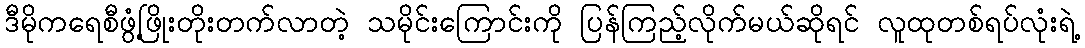
ဒီမိုကရေစီဖွံ့ဖြိုးတိုးတက်လာတဲ့ သမိုင်းကြောင်းကို ပြန်ကြည့်လိုက်မယ်ဆိုရင် လူထုတစ်ရပ်လုံးရဲ့